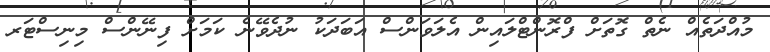
މުއްދަތެއް ނެތް ގޮތަށް ފްރޮންޓްލައިން އެލަވަންސް އަބަދަކު ނުދެވޭނެ ކަމަށް ފިނޭންސް މިނިސްޓަރ